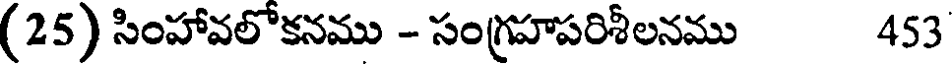
(25) సింహావలోకనము - సంగ్రహపరిశీలనము 453